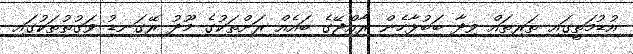
އުޑުމަތީގައި ތަރިތައް ވިދާ ބަބުޅާހެން ރާއްޖޭގެ ބައެއް ރަށްތަކުގެ މޫދު ރޭގަނޑު ވަގުތުތަކުގައި